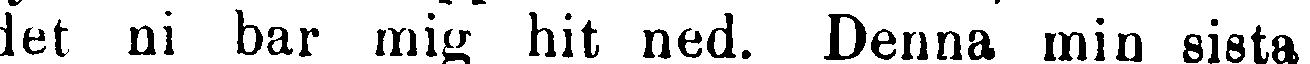
det ni bar mig hit ned. Denna min sista